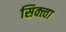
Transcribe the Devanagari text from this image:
सिक्त्वा